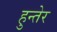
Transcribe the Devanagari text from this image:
हुन्तेर